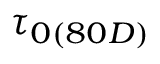
\tau _ { 0 ( 8 0 D ) }